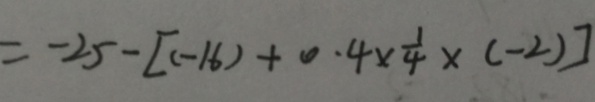
= - 2 5 - [ ( - 1 6 ) + 0 . 4 \times \frac { 1 } { 4 } \times ( - 2 ) ]